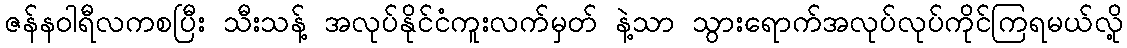
ဇန်နဝါရီလကစပြီး သီးသန့် အလုပ်နိုင်ငံကူးလက်မှတ် နဲ့သာ သွားရောက်အလုပ်လုပ်ကိုင်ကြရမယ်လို့